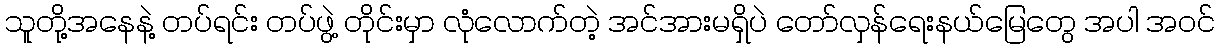
သူတို့အနေနဲ့ တပ်ရင်း တပ်ဖွဲ့ တိုင်းမှာ လုံလောက်တဲ့ အင်အားမရှိပဲ တော်လှန်ရေးနယ်မြေတွေ အပါ အဝင်